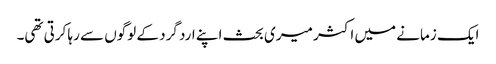
ایک زمانے میں اکثر میری بحث اپنے ارد گرد کے لوگوں سے رہا کرتی تھی۔